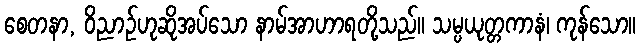
စေတနာ, ဝိညာဉ်ဟုဆိုအပ်သော နာမ်အာဟာရတို့သည်။ သမ္ပယုတ္တကာနံ၊ ကုန်သော။